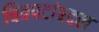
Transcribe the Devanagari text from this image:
चित्रपटांबद्दल